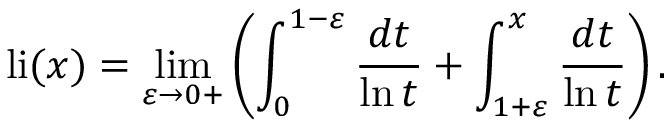
\operatorname { l i } ( x ) = \operatorname* { l i m } _ { \varepsilon \to 0 + } \left( \int _ { 0 } ^ { 1 - \varepsilon } { \frac { d t } { \ln t } } + \int _ { 1 + \varepsilon } ^ { x } { \frac { d t } { \ln t } } \right) .